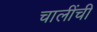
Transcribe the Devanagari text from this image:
चालींची